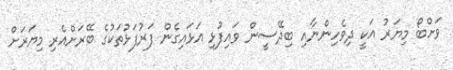
ވަށްބޯ މިޔަރު އަކީ ދިވެހިންނާއި ބިދޭސީން ވައިފުޅި އަޅައިގެން ފަރުފަޅުތަކުގެ ބޭރަށްއެރި މިޔަރަށް